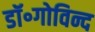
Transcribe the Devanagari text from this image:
डॉ॰गोविन्द